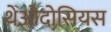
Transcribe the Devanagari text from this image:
थेओदोसियस